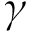
\gamma